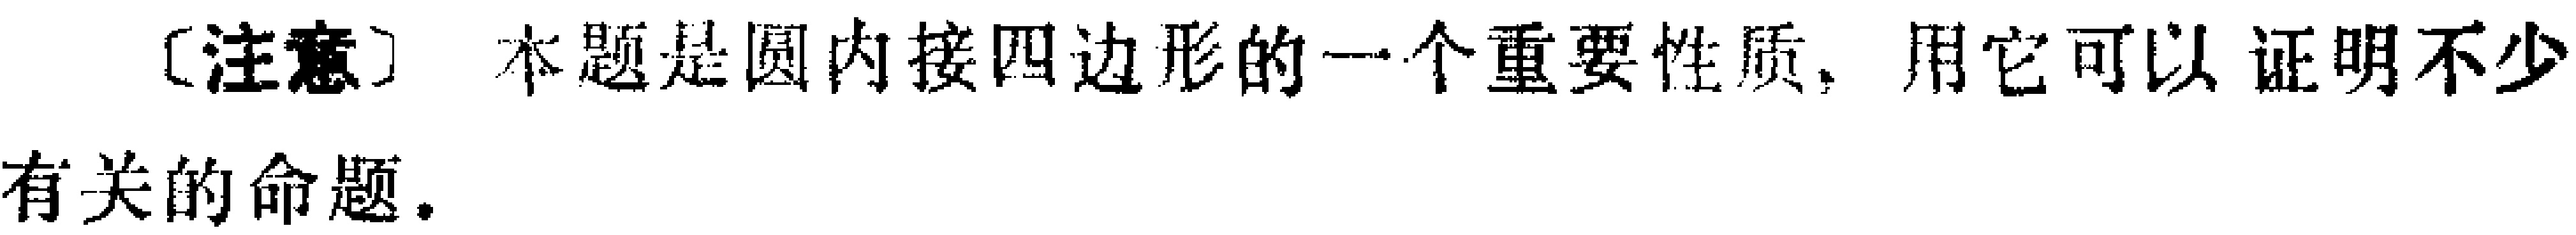
[注意] 本题是圆内接四边形的一个重要性质, 用它可以证明不少有关的命题.